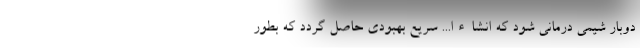
دوبار شیمی درمانی شود که انشاءا... سریع بهبودی حاصل گردد که بطور